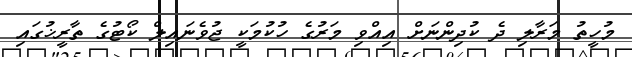
މުހީތު މަރާލި ދެ ކުދިންނަށް އިއްވި މަރުގެ ހުކުމަކީ ޖުވެނައިލް ކޯޓުގެ ތާރީޚުގައި